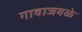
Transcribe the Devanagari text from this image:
गावाजवळे